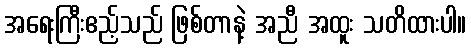
အရေးကြီးဧည့်သည် ဖြစ်တာနဲ့ အညီ အထူး သတိထားပါ။